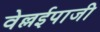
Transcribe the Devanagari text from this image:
वेल्लईपाजी